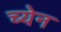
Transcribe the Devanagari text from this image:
च्येन